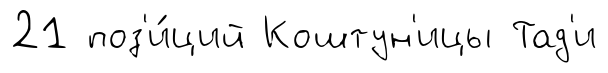
21 поз'и́ций Коштун'ицы Тад'и